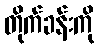
တိုက်ခန်းကို